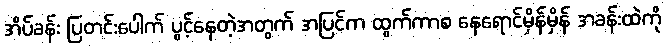
အိပ်ခန်း ပြတင်းပေါက် ပွင့်နေတဲ့အတွက် အပြင်က ထွက်ကာစ နေရောင်မှိန်မှိန် အခန်းထဲကို